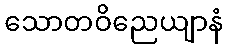
သောတဝိညေယျာနံ